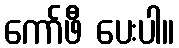
ကော်ဖီ ပေးပါ။